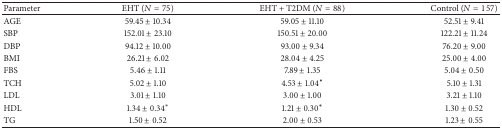
<table><thead><tr><td><b>Parameter</b></td><td><b>EHT (<i>N</i> = 75)</b></td><td><b>EHT + T2DM (<i>N</i> = 88)</b></td><td><b>Control (<i>N</i> = 157)</b></td></tr></thead><tbody><tr><td>AGE</td><td>59.45 ± 10.34</td><td>59.05 ± 11.10</td><td>52.51 ± 9.41</td></tr><tr><td>SBP</td><td>152.01 ± 23.10</td><td>150.51 ± 20.00</td><td>122.21 ± 11.24</td></tr><tr><td>DBP</td><td>94.12 ± 10.00</td><td>93.00 ± 9.34</td><td>76.20 ± 9.00</td></tr><tr><td>BMI</td><td>26.21 ± 6.02</td><td>28.04 ± 4.25</td><td>25.00 ± 4.00</td></tr><tr><td>FBS</td><td>5.46 ± 1.11</td><td>7.89 ± 1.35</td><td>5.04 ± 0.50</td></tr><tr><td>TCH</td><td>5.02 ± 1.10</td><td>4.53 ± 1.04<sup><b>∗</b></sup></td><td>5.10 ± 1.31</td></tr><tr><td>LDL</td><td>3.01 ± 1.10</td><td>3.00 ± 1.00</td><td>3.21 ± 1.10</td></tr><tr><td>HDL</td><td>1.34 ± 0.34<sup><i>∗</i></sup></td><td>1.21 ± 0.30<sup><b>∗</b></sup></td><td>1.30 ± 0.52</td></tr><tr><td>TG</td><td>1.50 ± 0.52</td><td>2.00 ± 0.53</td><td>1.23 ± 0.55</td></tr></tbody></table>